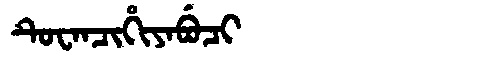
Manchu: ᡨᡠᠸᠠᠨᠴᡳᡥᡳᠶᠠᠪᡠᠴᡳ
Romanization: TUWANCIHIYABUCI